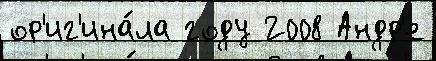
ор'иг'ина́ла году 2008 Андр'е